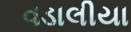
વડાલીયા